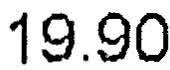
19.90